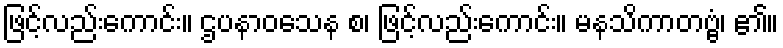
ဖြင့်လည်းကောင်း။ ဌပနာဝသေန စ၊ ဖြင့်လည်းကောင်း။ မနသိကာတဗ္ဗံ၊ ၏။